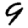
Digit: 9